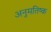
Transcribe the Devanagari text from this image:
अनुमतिष्क